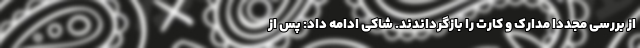
از بررسی مجدداً مدارک و کارت را بازگرداندند. شاکی ادامه داد: پس از